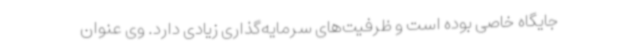
جایگاه خاصی بوده است و ظرفیت‌های سرمایه‌گذاری زیادی دارد. وی عنوان